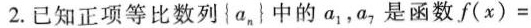
2.已知正项等比数列\left \{ a_{n} \right \} 中的a_{1}，a_{7}，是函数$$f ( x ) =